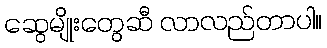
ဆွေမျိုးတွေဆီ လာလည်တာပါ။